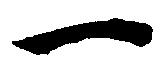
一